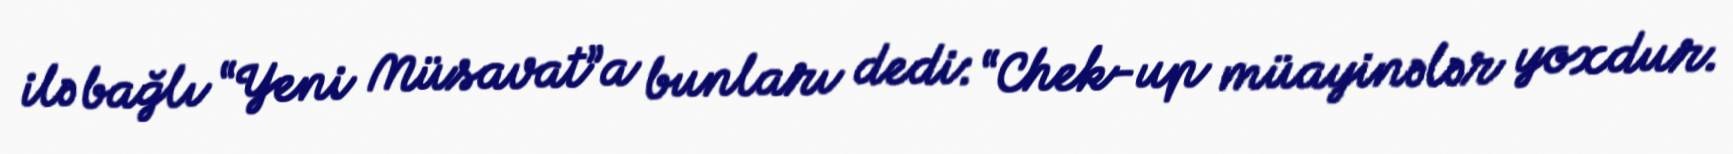
ilə bağlı “Yeni Müsavat”a bunları dedi: “Chek-up müayinələr yoxdur.